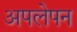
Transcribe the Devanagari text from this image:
अपलेपन